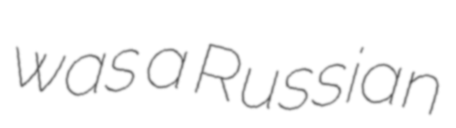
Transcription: was a Russian